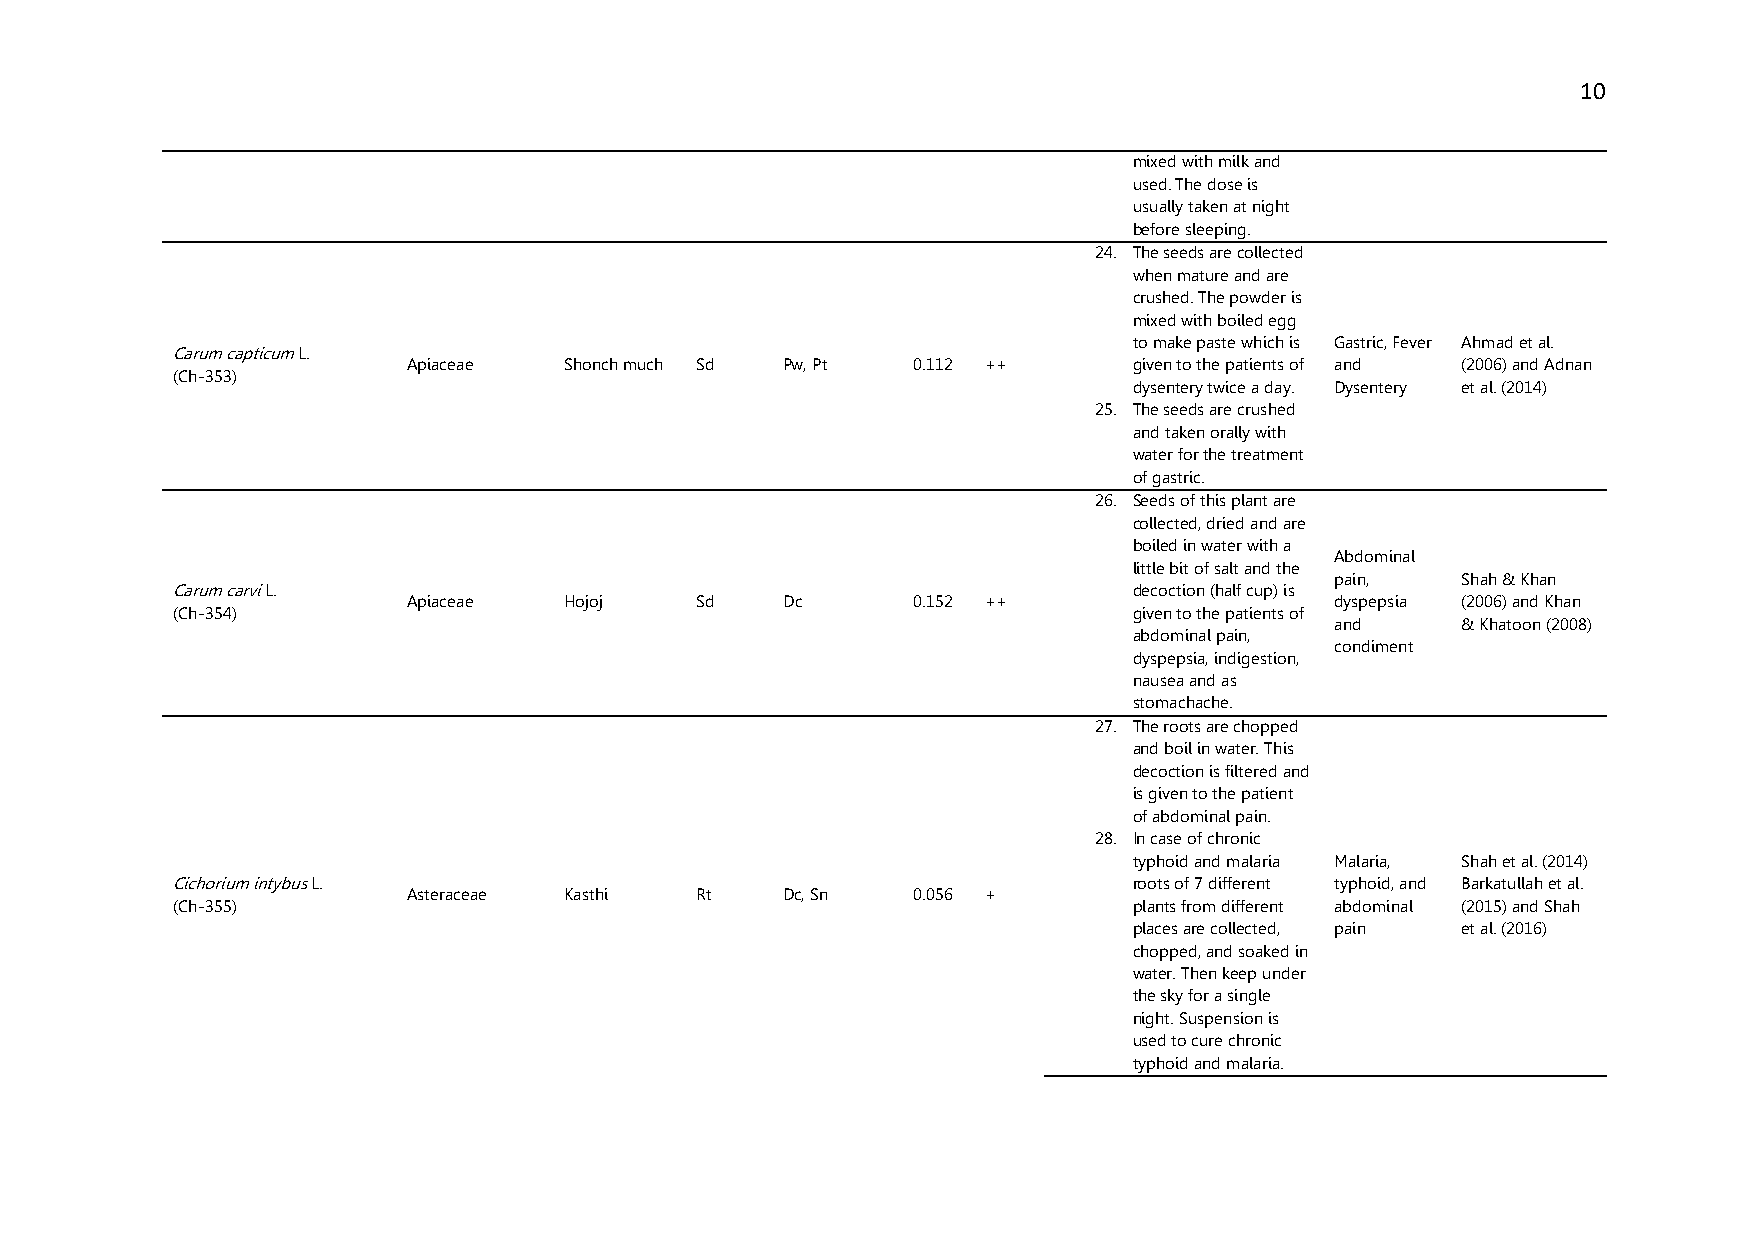
10
 mixed with milk and
 used. The dose is
 usually taken at night
 before sleeping.
 24. The seeds are collected
 when mature and are
 crushed. The powder is
 mixed with boiled egg
 to make paste which is Gastric, Fever Ahmad et al.
 Carum capticum L.
 Apiaceae  Shonch much Sd Pw, Pt  0.112 ++       given to the patients of and (2006) and Adnan
 (Ch-353)
 dysentery twice a day. Dysentery et al. (2014)
 25. The seeds are crushed
 and taken orally with
 water for the treatment
 of gastric.
 26. Seeds of this plant are
 collected, dried and are
 boiled in water with a
 Abdominal
 little bit of salt and the
 pain,    Shah & Khan
 Carum carvi L.                                                  decoction (half cup) is
 Apiaceae  Hojoj    Sd    Dc      0.152 ++                    dyspepsia (2006) and Khan
 (Ch-354)                                                        given to the patients of
 and      & Khatoon (2008)
 abdominal pain,
 condiment
 dyspepsia, indigestion,
 nausea and as
 stomachache.
 27. The roots are chopped
 and boil in water. This
 decoction is filtered and
 is given to the patient
 of abdominal pain.
 28. In case of chronic
 typhoid and malaria Malaria, Shah et al. (2014)
 Cichorium intybus L.                                            roots of 7 different typhoid, and Barkatullah et al.
 Asteraceae Kasthi  Rt    Dc, Sn  0.056 +
 (Ch-355)                                                        plants from different abdominal (2015) and Shah
 places are collected, pain et al. (2016)
 chopped, and soaked in
 water. Then keep under
 the sky for a single
 night. Suspension is
 used to cure chronic
 typhoid and malaria.